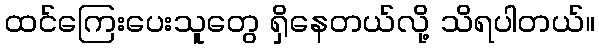
ထင်ကြေးပေးသူတွေ ရှိနေတယ်လို့ သိရပါတယ်။